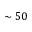
\sim 5 0